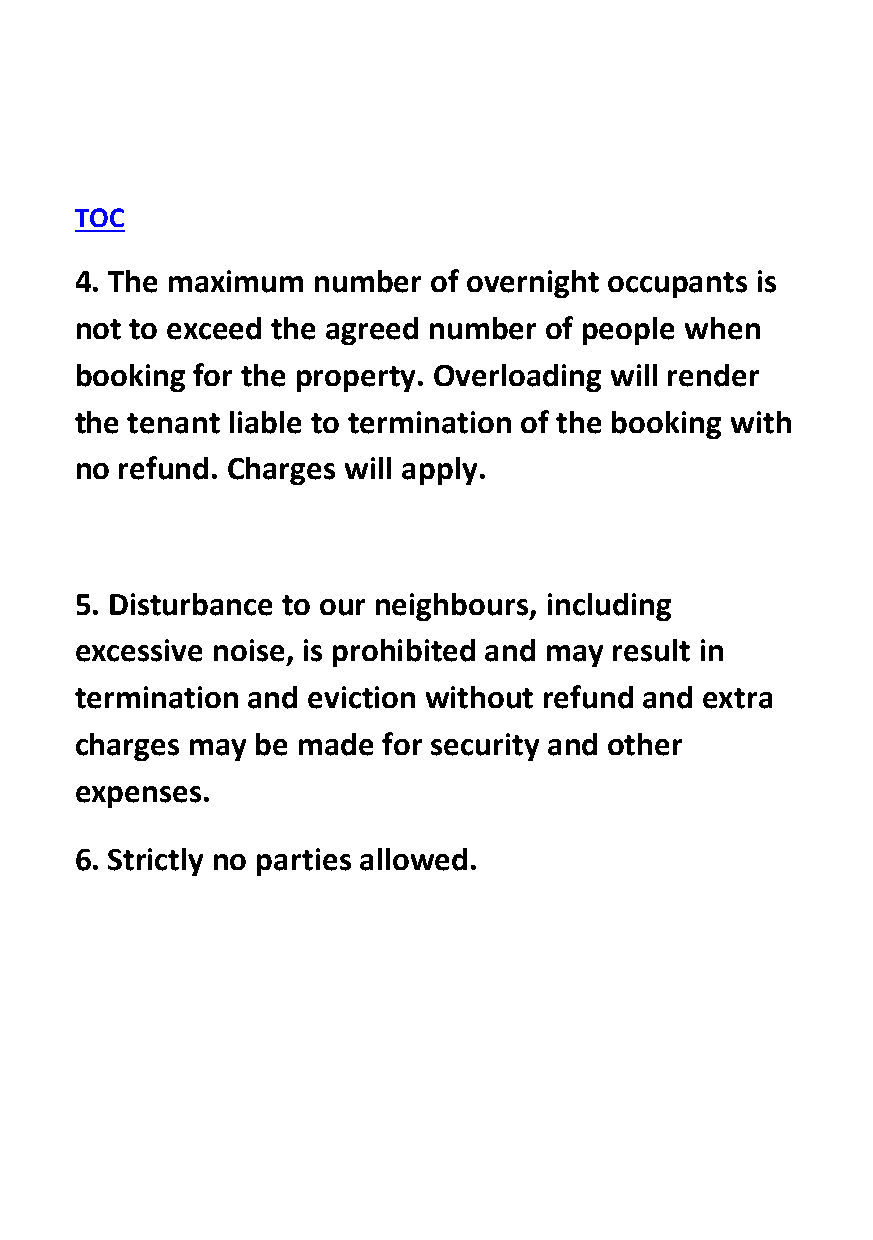
TOC
 4. The maximum  number  of overnight occupants is
 not to exceed the agreed number of people when
 booking for the property. Overloading will render
 the tenant liable to termination of the booking with
 no refund. Charges will apply.
 5. Disturbance to our neighbours, including
 excessive noise, is prohibited and may result in
 termination and eviction without refund and extra
 charges may be made for security and other
 expenses.
 6. Strictly no parties allowed.